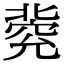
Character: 𠤦